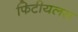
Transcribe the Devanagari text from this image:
फिटीयलस